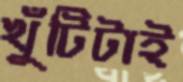
খুঁটিটাই